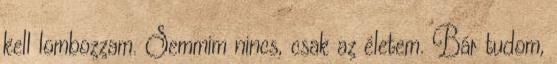
kell lombozzam. Semmim nincs, csak az életem. Bár tudom,